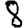
Digit: 8